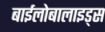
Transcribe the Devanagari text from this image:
बाईलोबालाइड्स